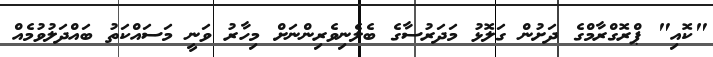
"ކޮއި" ޕްރޮގްރާމްގެ ދަށުން ގަލޮޅު މަދަރުސާގެ ބެލެނިވެރިންނަށް މިހާރު ވަނީ މަސައްކަތު ބައްދަލުވުމެއް